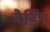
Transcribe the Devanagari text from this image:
बैडिंग